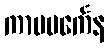
ကာမပင်္ကေန